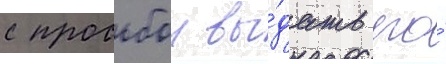
с просьбои вы́дать его́